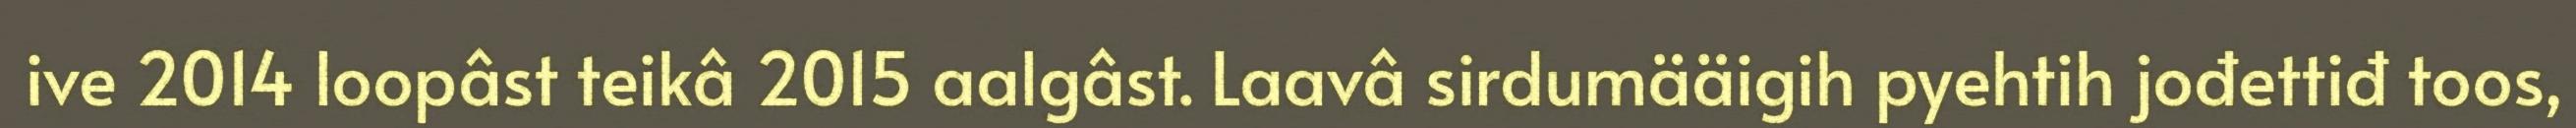
ive 2014 loopâst teikâ 2015 aalgâst. Laavâ sirdumääigih pyehtih jođettiđ toos,